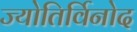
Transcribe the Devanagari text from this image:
ज्योतिर्विनोद